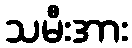
သမီးအား